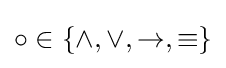
\circ \in \{\wedge ,\vee ,\rightarrow ,\equiv \}